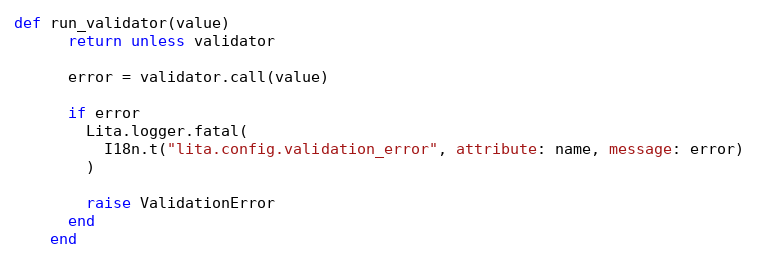
Language: Ruby
def run_validator(value)
      return unless validator

      error = validator.call(value)

      if error
        Lita.logger.fatal(
          I18n.t("lita.config.validation_error", attribute: name, message: error)
        )

        raise ValidationError
      end
    end